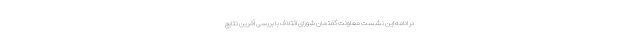
در ادامه این نشست معاونت گفتمان شورای ائتلاف با بررسی آخرین نتایج